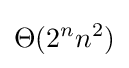
\Theta (2^{n}n^{2})